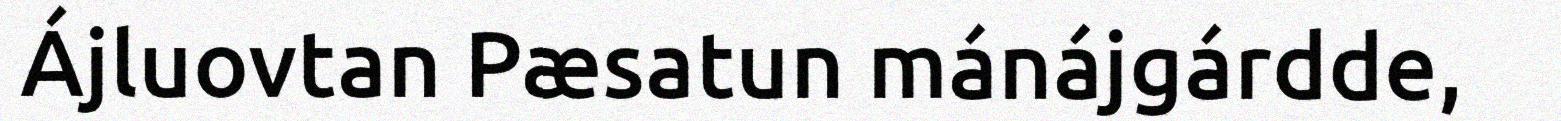
Ájluovtan Pæsatun mánájgárdde,